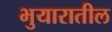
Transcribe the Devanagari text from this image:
भुयारातील